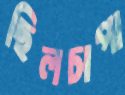
ছিলচাপা